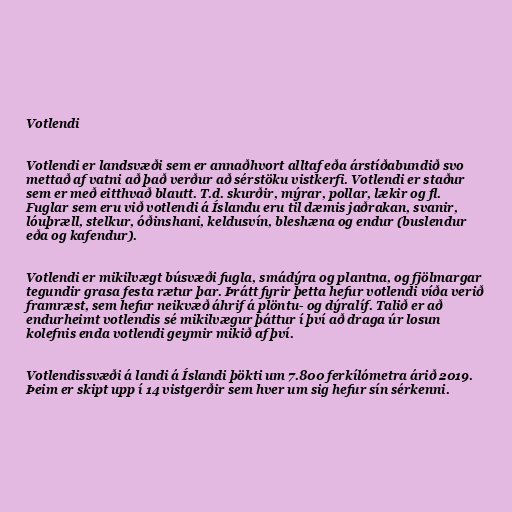
Votlendi

Votlendi er landsvæði sem er annaðhvort alltaf eða árstíðabundið svo
mettað af vatni að það verður að sérstöku vistkerfi. Votlendi er staður
sem er með eitthvað blautt. T.d. skurðir, mýrar, pollar, lækir og fl.
Fuglar sem eru við votlendi á Íslandu eru til dæmis jaðrakan, svanir,
lóuþræll, stelkur, óðinshani, keldusvín, bleshæna og endur (buslendur
eða og kafendur).

Votlendi er mikilvægt búsvæði fugla, smádýra og plantna, og fjölmargar
tegundir grasa festa rætur þar. Þrátt fyrir þetta hefur votlendi víða verið
framræst, sem hefur neikvæð áhrif á plöntu- og dýralíf. Talið er að
endurheimt votlendis sé mikilvægur þáttur í því að draga úr losun
kolefnis enda votlendi geymir mikið af því.

Votlendissvæði á landi á Íslandi þökti um 7.800 ferkílómetra árið 2019.
Þeim er skipt upp í 14 vistgerðir sem hver um sig hefur sín sérkenni.